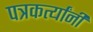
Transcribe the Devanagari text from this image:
पत्रकर्त्यांनी